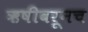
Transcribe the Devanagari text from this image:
ऋषीवरूनच